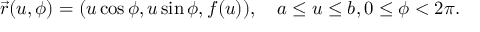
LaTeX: { \vec { r } } ( u , \phi ) = ( u \cos \phi , u \sin \phi , f ( u ) ) , \quad a \leq u \leq b , 0 \leq \phi < 2 \pi .